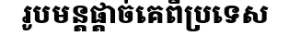
រូបមន្តផ្តាច់គេពីប្រទេស